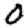
Digit: 0